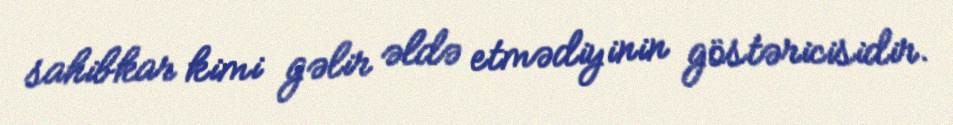
sahibkar kimi gəlir əldə etmədiyinin göstəricisidir.